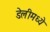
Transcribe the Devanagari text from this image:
डेलीमध्ये